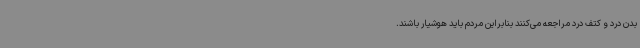
بدن درد و کتف درد مراجعه می‌کنند بنابراین مردم باید هوشیار باشند.